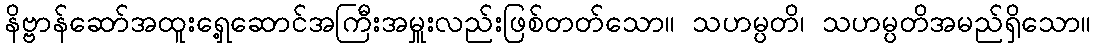
နိဗ္ဗာန်ဆော်အထူးရှေ့ဆောင်အကြီးအမှူးလည်းဖြစ်တတ်သော။ သဟမ္ပတိ၊ သဟမ္ပတိအမည်ရှိသော။